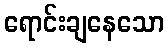
ရောင်းချနေသော